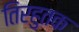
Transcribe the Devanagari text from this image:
तिरहुतक